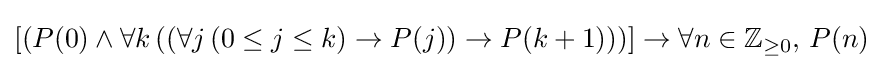
\left[\left(P(0)\land \forall k\left(\left(\forall j\,(0\leq j\leq k)\rightarrow P(j)\right)\rightarrow P(k+1)\right)\right)\right]\rightarrow \forall n\in \mathbb {Z} _{\geq 0},\,P(n)